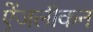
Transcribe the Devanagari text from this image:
ऐंजलीकन